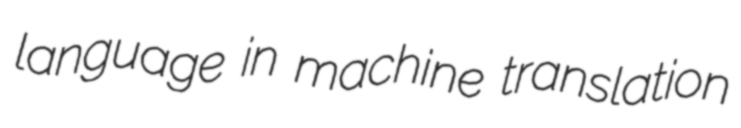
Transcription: language in machine translation